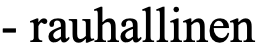
- rauhallinen